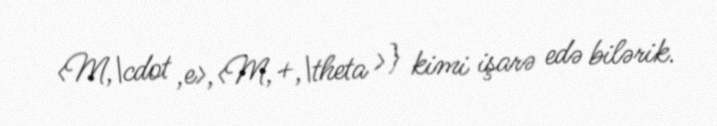
<M,\cdot ,e>,<M,+,\theta >} kimi işarə edə bilərik.